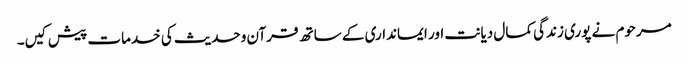
مرحوم نے پوری زندگی کمال دیانت اور ایمانداری کے ساتھ قرآن وحدیث کی خدمات پیش کیں۔